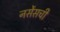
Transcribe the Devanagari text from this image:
नर्सेसची